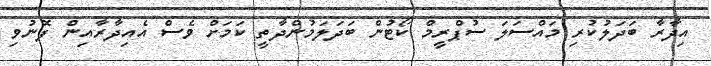
އިދާރާ ބަދަލުކުރި މައްސަލަ ސުޕްރީމް ކޯޓުން ބަދަލަމުންދާތީ ކަމަށް ވެސް އެއިދާރާއިން ފޮނުވި